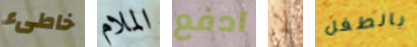
خاطىء الملام ادفع لا بالطفل